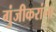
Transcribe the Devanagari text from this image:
गुंजीकरांना